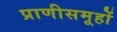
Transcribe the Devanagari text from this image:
प्राणीसमूहों